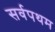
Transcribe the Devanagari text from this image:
सर्वपथम